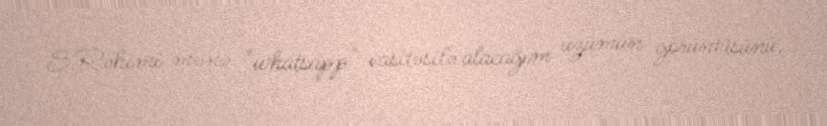
S.Rəhimi mənə "whatsapp" vasitəsilə alacağım üzümün görüntüsünü,